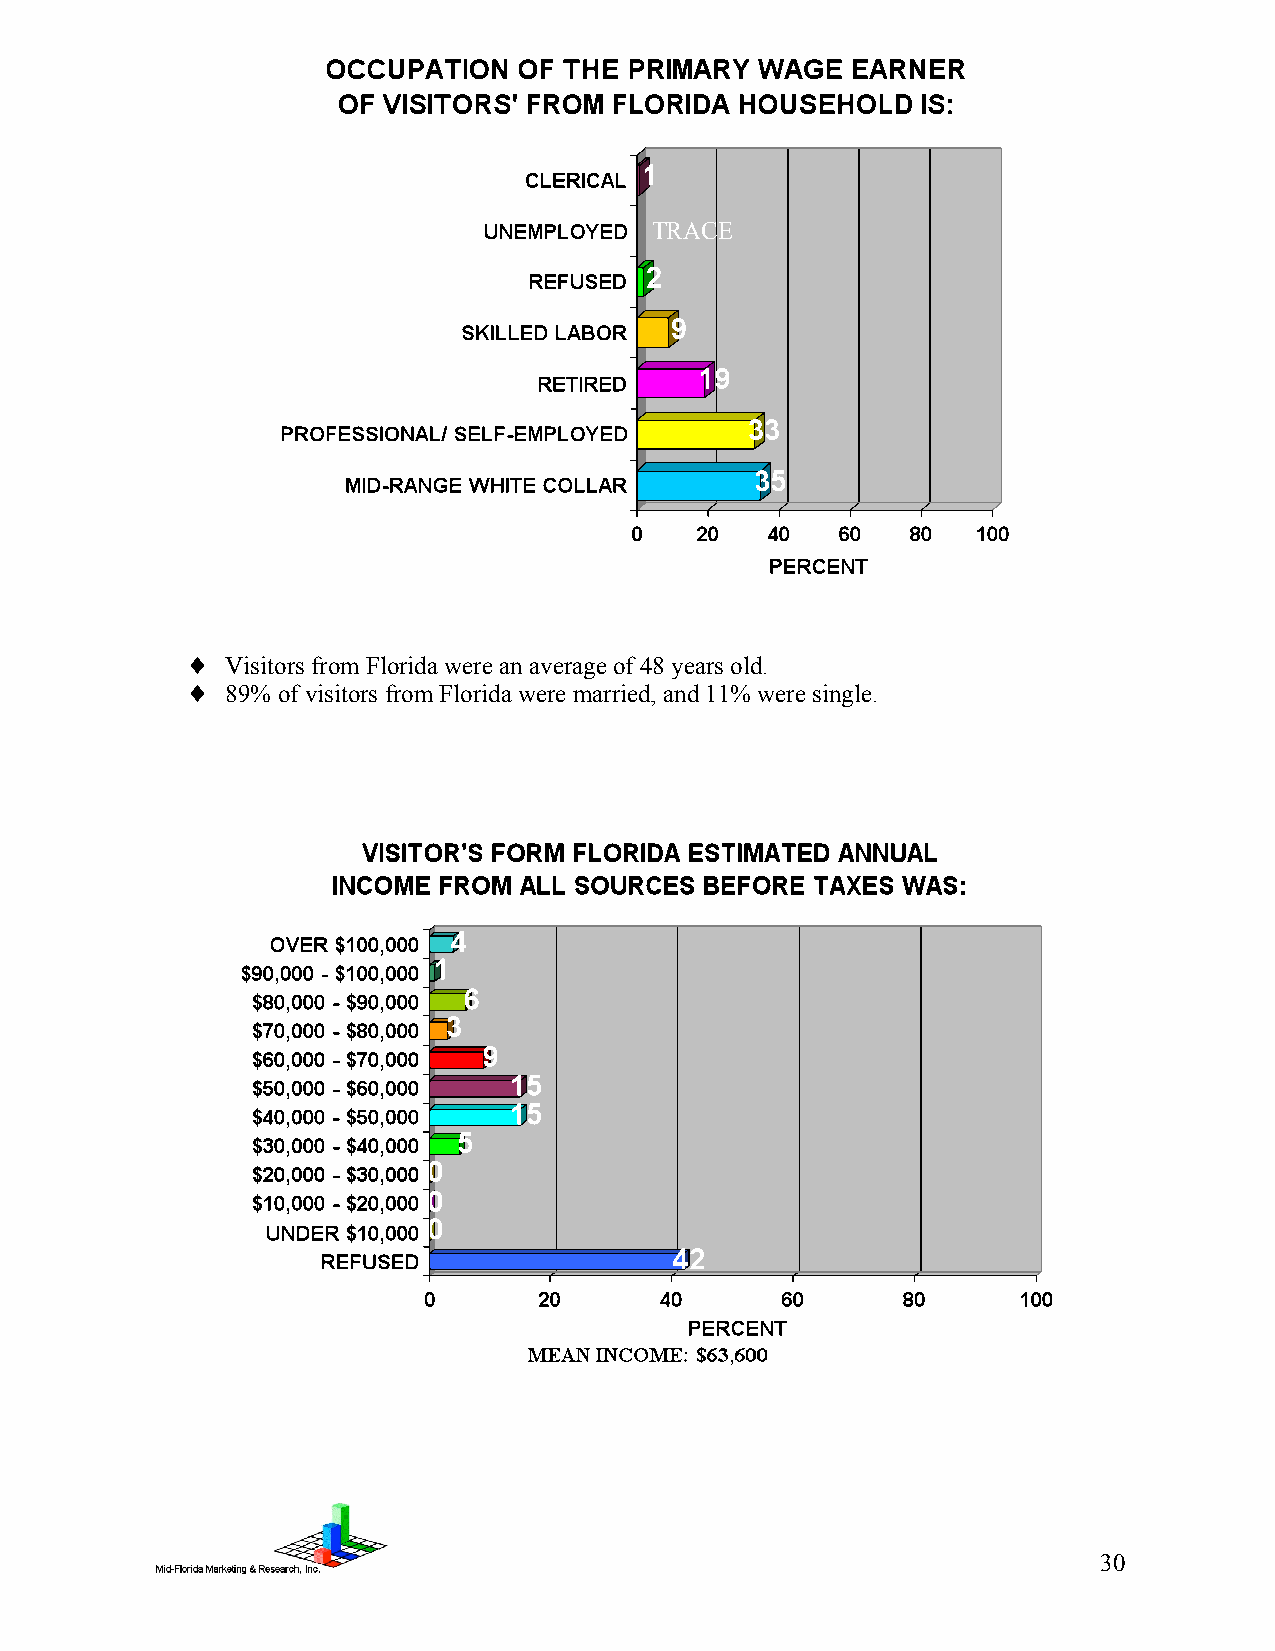
TRACE
 ♦  Visitors from Florida were an average of 48 years old.
 ♦  89% of visitors from Florida were married, and 11% were single.
 30